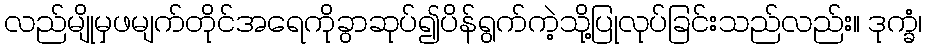
လည်မျိုမှဖမျက်တိုင်အရေကိုခွာဆုပ်၍ပိန်ရွက်ကဲ့သို့ပြုလုပ်ခြင်းသည်လည်း။ ဒုက္ခံ၊